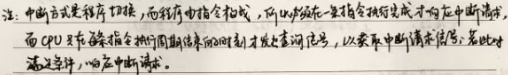
注：中断方式是程序切换，而程序由指令组成，所以必须在一条指令执行完成后才响应中断请求，而CPU会在每条指令执行周期结束的时刻才发出查询信号，以获取中断请求信息；若此时满足条件，响应中断请求。